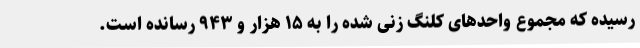
رسیده که مجموع واحدهای کلنگ زنی شده را به ۱۵ هزار و ۹۴۳ رسانده است.